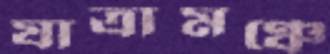
যাত্রামঞ্চে